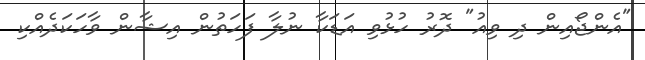
"އެންޖޯއިން ދި ވިއު" ދޮރު ހުޅުވި އަޑަކާ ނުލާ ފަހަތުން އިޝާން ވާހަކަދެއްކި